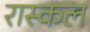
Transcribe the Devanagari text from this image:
रास्कल